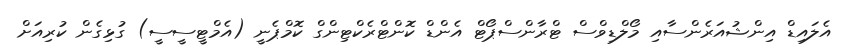
އެލައިޑް އިންޝުއަރެންސާއި މޯލްޑިވްސް ޓްރާންސްޕޯޓް އެންޑް ކޮންޓްރެކްޓިންގް ކޮމްޕެނީ (އެމްޓީސީސީ) ގުޅިގެން ކުރިއަށް